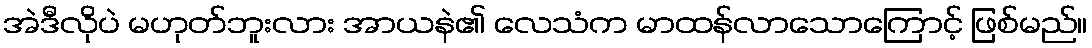
အဲဒီလိုပဲ မဟုတ်ဘူးလား အာယနဲ၏ လေသံက မာထန်လာသောကြောင့် ဖြစ်မည်။